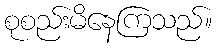
စုစည်းမိနေကြသည်။